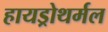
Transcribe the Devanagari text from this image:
हायड्रोथर्मल